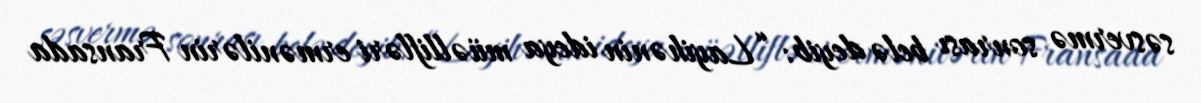
səsvermə sonrası belə deyib: “Layihənin ideya müəllifləri ermənilərin Fransada